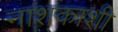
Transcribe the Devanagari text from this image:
नाशकाशी